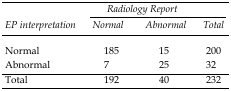
<table><thead><tr><td colspan="4"><b><i>Radiology Report</i></b></td></tr></thead><tbody><tr><td>EP interpretation</td><td> Normal</td><td> Abnormal</td><td>Total</td></tr><tr><td> Normal</td><td>185</td><td>15</td><td>200</td></tr><tr><td> Abnormal</td><td>7</td><td>25</td><td>32</td></tr><tr><td>Total</td><td>192</td><td>40</td><td>232</td></tr></tbody></table>